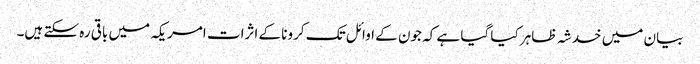
بیان میں خدشہ ظاہر کیا گیا ہے کہ جون کے اوائل تک کرونا کے اثرات امریکہ میں باقی رہ سکتے ہیں۔